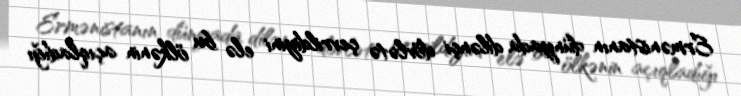
Ermənistanın dünyada dilənçi dövlətə çevrildiyini elə bu ölkənin açıqladığı